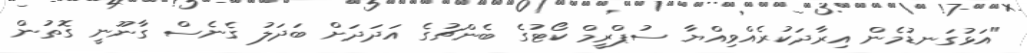
"އަޅުގަނޑުމެން އިރާދަކުރެއްވިއްޔާ ސުޕްރީމް ކޯޓުގެ ބެންޗުގެ އަދަދަށް ބަދަލު ގެނެސް ގާނޫނީ ގޮތުން